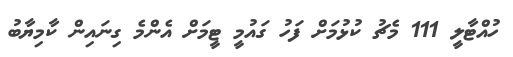
ހުއްޓާލީ 111 މެޗު ކުޅުމަށް ފަހު ގައުމީ ޓީމަށް އެންމެ ގިނައިން ކާމިޔާބު